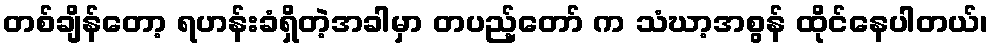
တစ်ချိန်တော့ ရဟန်းခံရှိတဲ့အခါမှာ တပည့်တော် က သံဃာ့အစွန် ထိုင်နေပါတယ်၊